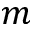
m